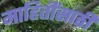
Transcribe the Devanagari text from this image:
माहितींसाठी